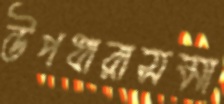
উপধারাসমা